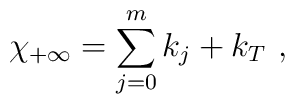
\chi_{+\infty} = \sum_{j=0}^m k_j + k_T ~,~ \,